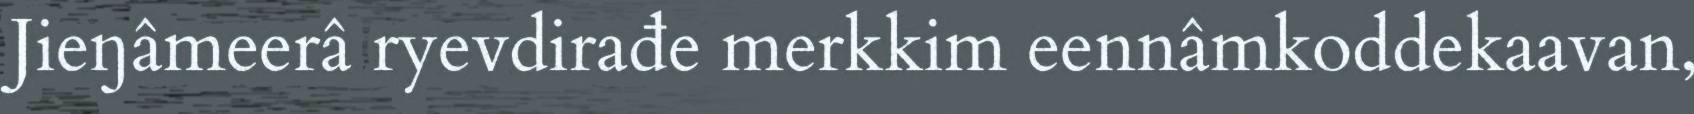
Jieŋâmeerâ ryevdirađe merkkim eennâmkoddekaavan,